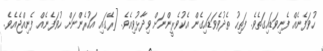
ހުވަފެނެއް ފެނިވަޑައިގަތެވެ. ފަތިހު ތެދުވެވަޑައިގެން އެކުވެރީންނަށް ވިދާޅުވިއެވެ. [ރޭގައި އަހުރެންނަށް ހުވަފެނެއް ފެނިއްޖެއެވެ.